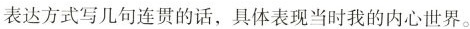
表达方式写几句连贯的话，具体表现当时我的内心世界。